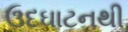
ઉદઘાટનથી